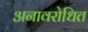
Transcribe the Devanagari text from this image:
अनावरोधित